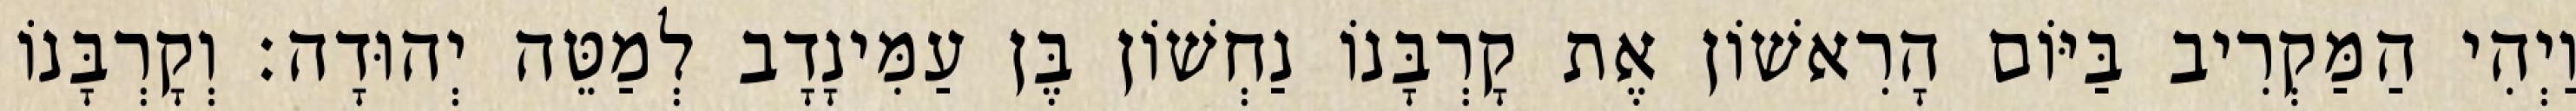
וַיְהִי הַמַּקְרִיב בַּיּוֹם הָרִאשׁוֹן אֶת קָרְבָּנוֹ נַחְשׁוֹן בֶּן עַמִּינָדָב לְמַטֵּה יְהוּדָה׃ וְקָרְבָּנוֹ